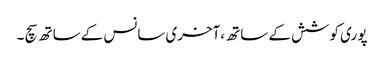
پو ری کوشش کے ساتھ ،آخری سانس کے ساتھ سچ ۔